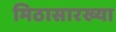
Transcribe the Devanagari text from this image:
मिठासारख्या